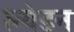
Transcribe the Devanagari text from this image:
ल्येडन